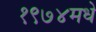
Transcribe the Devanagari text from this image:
१९७४मधे